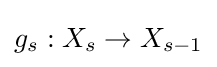
g_{s}:X_{s}\to X_{s-1}